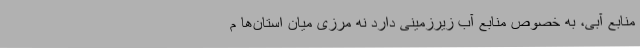
منابع آبی، به خصوص منابع آب زیرزمینی دارد نه مرزی میان استان‌ها م